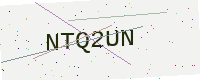
Text: NTQ2UN